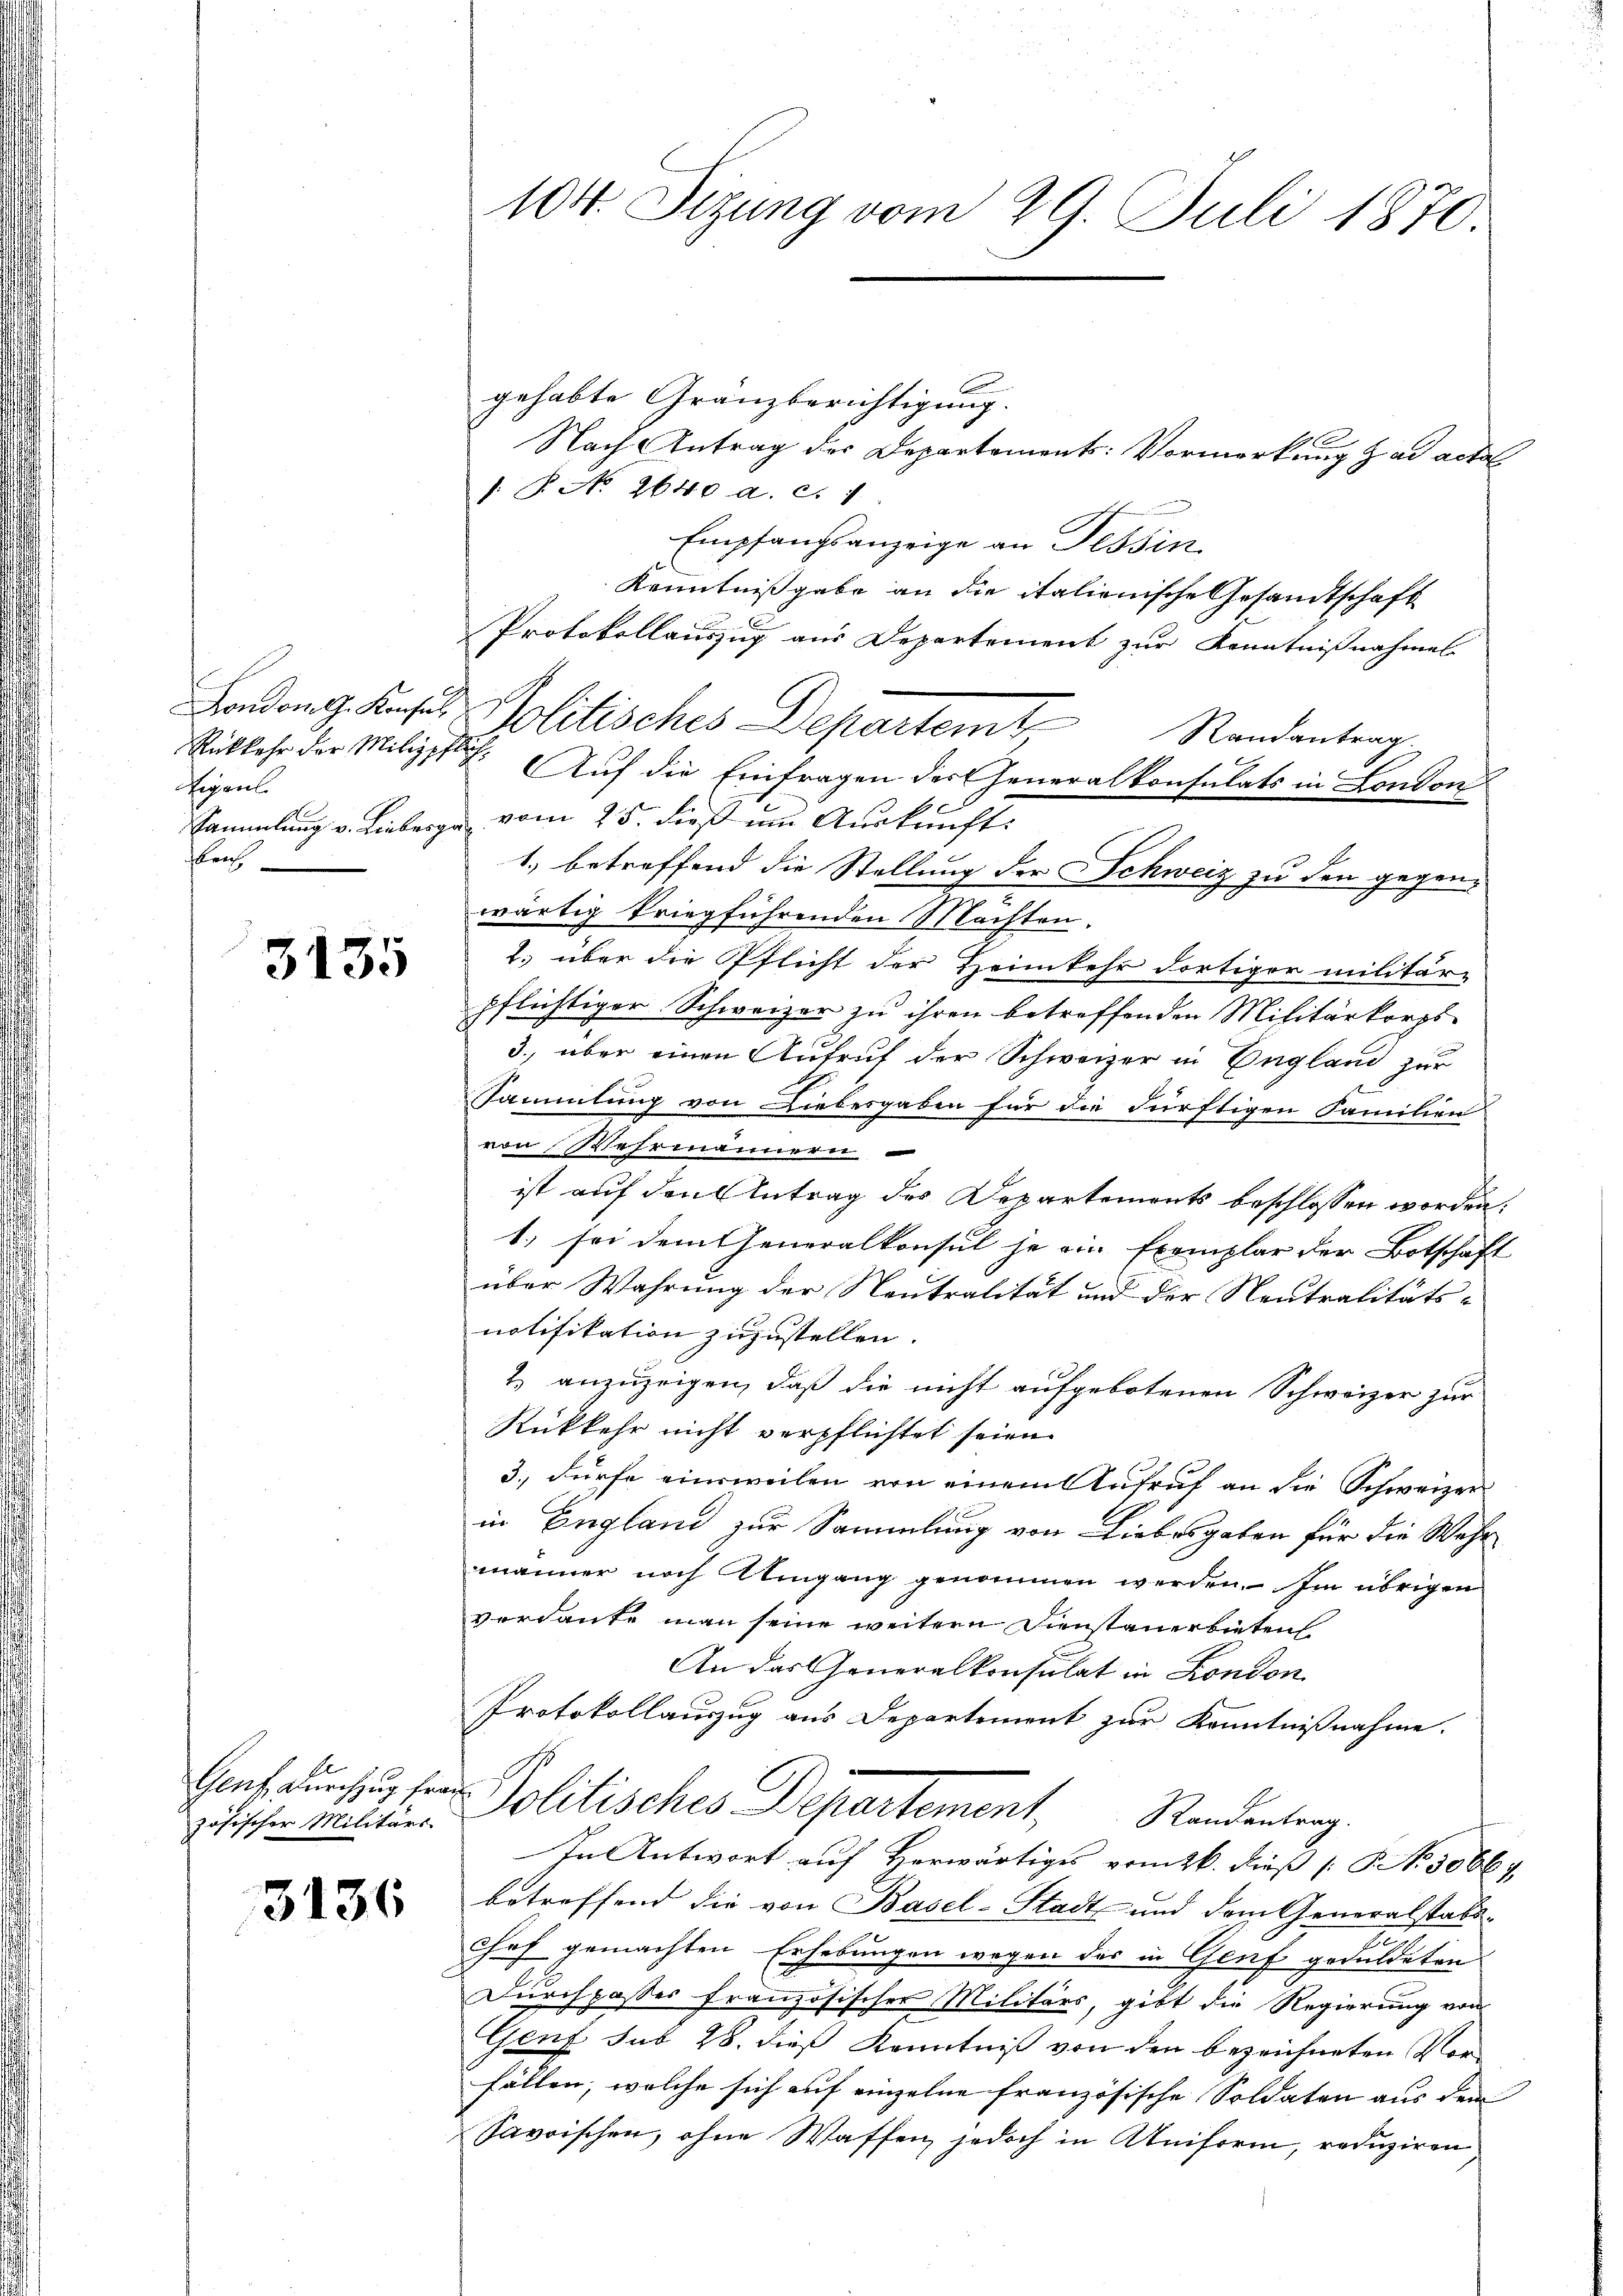
London G. Konsul
Rükkehr der Milizpf
Eigen
Sammlung v. Lieberge
flrich

3135

zösischer Militärs

3136

100. Sitzung vom 29. Juli 1870.

gehabte Granzberichtigung.
Nach Antrag der Departement: Vormerkung ad acta
/. P. No. 2640 a. c. 1
Empfangsanzeige an Tessin.
Kenntnißgabe an die italienische Gesandtschaft
Protokollauszug aus Departement zur Kenntnißnahmel
 Politisches Departemt Randentrag
lch. Auf die Einfragen der Generalkonsulats in London
 vom 25. dieß um Auskunft.
1.) betreffend die Stellung der Schweiz zu den gegen-
wärtig kriegführenden Machten.
2. über die Pflicht der Heimkehr dortiger militär-
pflichtiger Schweizer zu ihren betreffenden Militärkorps
3., über einen Aufruf der Schweizer in England zur
Sammlung von Liebesgaben für die dürftigen Familien
von Wehrmannern
ist auf den Antrag des Departements beschlossen worden;
1. sei dem Generalkonsul ja ein Exemplar der Botschaft
über Wahrung der Neutralität und der Neutralitäts-
notifikation zuzustellen.
2. anzuzeigen, daß die nicht aufgebotenen Schweizer zur
Rükkehr nicht verpflichtet seien.
3., dürfe einsweilen von einem Antraf an die Schweizer
in England zur Sammlung von Liebesgaben für die Wahr
männer noch Umgang genommen werden. Im übrigen
verdante man seine weitern Dienstauerbieten
An das Generalkonsulat in London
Protokollauszug aus Departement zur Kenntnißnahme.
Genf durchzug her Politisches Departement, Randentrag
In Antwort auf Herwärtiges vom 26. dieß (N. 30664
betreffend die von Basel-Stadt und dem Generalstattchof gemachten Erhebungen wegen des in Genf geduldeten
Durchpasser französischer Militärs, gibt die Regierung von
Genf sub 28. dieß Kenntniß von den bezeichneten Vor-
fällen, welche sich auf einzelne französische Soldaten aus dem
savoischen, ohne Waffen, jedoch in Uniform, reduziren